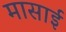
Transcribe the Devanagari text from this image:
मासाई